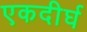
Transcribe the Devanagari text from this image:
एकदीर्घ